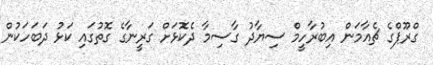
ގްރޫޕްގެ ޗެއާމަން އިބުރާހީމް ސިޔާދު ގާސިމާ ދެކޮޅަށް ގަރީނާގެ ގޮތުގައި ކަޅު ދަބަހަކުން